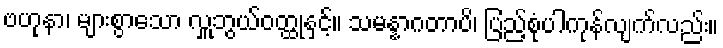
ဗဟုနာ၊ များစွာသော လှူဘွယ်ဝတ္ထုနှင့်။ သမန္နာဂတာပိ၊ ပြည့်စုံပါကုန်လျက်လည်း။